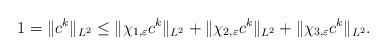
LaTeX: \begin{align*}1=\|c^k\|_{L^2}\leq \|\chi_{1,\varepsilon}c^k\|_{L^2}+\|\chi_{2,\varepsilon}c^k\|_{L^2}+\|\chi_{3,\varepsilon}c^k\|_{L^2}.\end{align*}